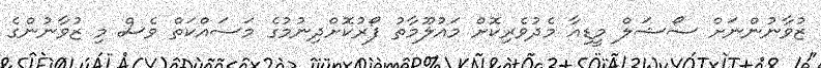
ޒުވާނުންނަށް ސޯޝަލް މީޑިއާ މެދުވެރިކޮށް މައުލޫމާތު ފޯރުކޮށްދިނުމުގެ މަސައްކަތް ވެސް މި ޒުވާނުންގެ